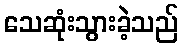
သေဆုံးသွားခဲ့သည်